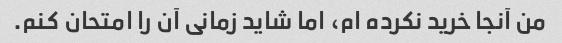
من آنجا خرید نکرده ام، اما شاید زمانی آن را امتحان کنم.